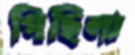
গিছিলা